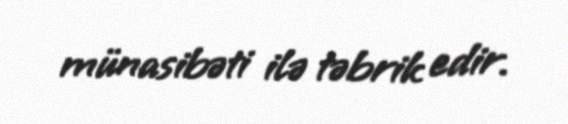
münasibəti ilə təbrik edir.